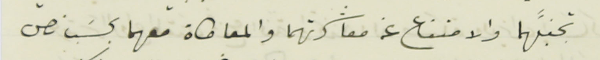
تجنبَّهما والامتناع عن معاشرتهما والمعاطاة معهما بحسَب نص